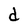
Character: d